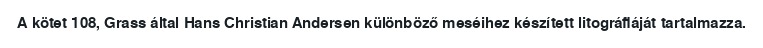
A kötet 108, Grass által Hans Christian Andersen különböző meséihez készített litográfiáját tartalmazza.